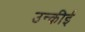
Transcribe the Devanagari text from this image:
उन्कीई